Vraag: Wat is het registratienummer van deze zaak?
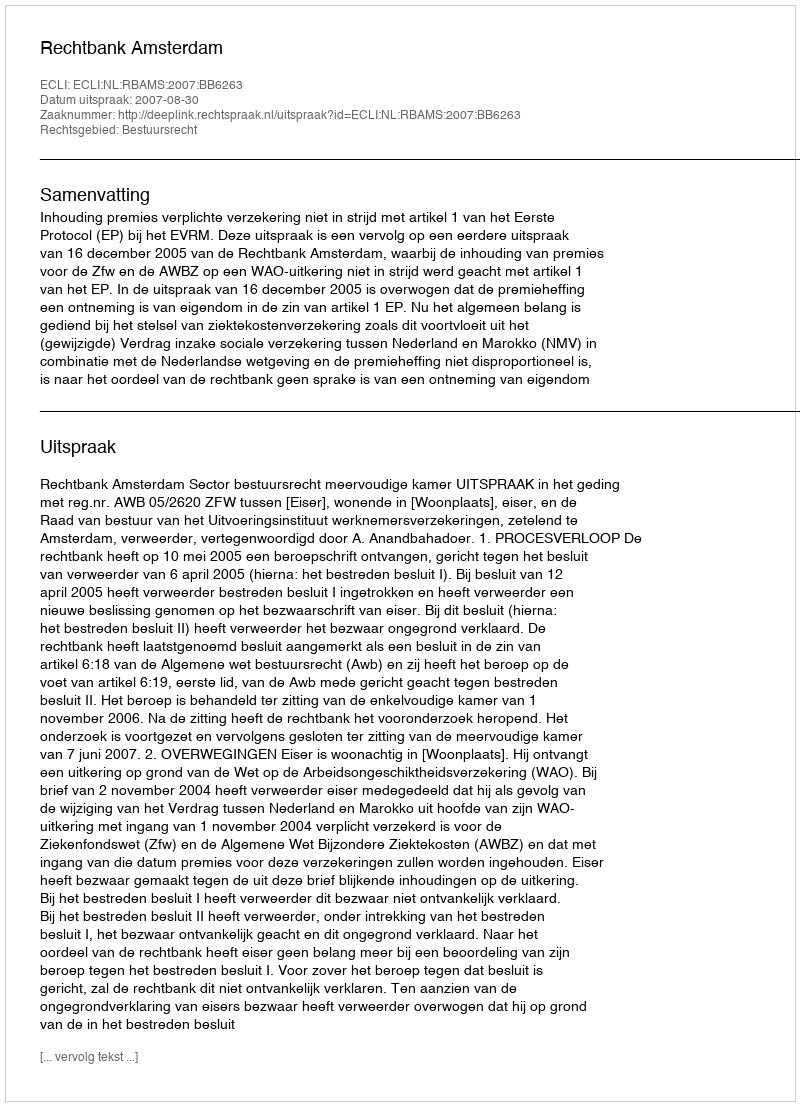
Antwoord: http://deeplink.rechtspraak.nl/uitspraak?id=ECLI:NL:RBAMS:2007:BB6263